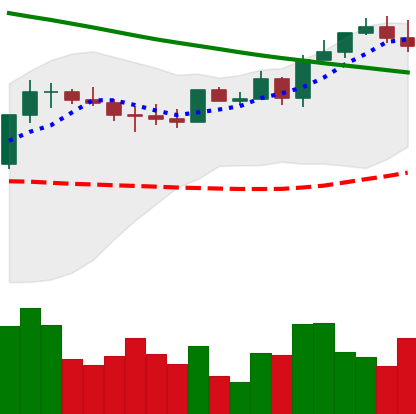
Ticker: ETH-USD
Chart end date: 2022-08-15
Forward return: -17.184%
Label: down_7plus